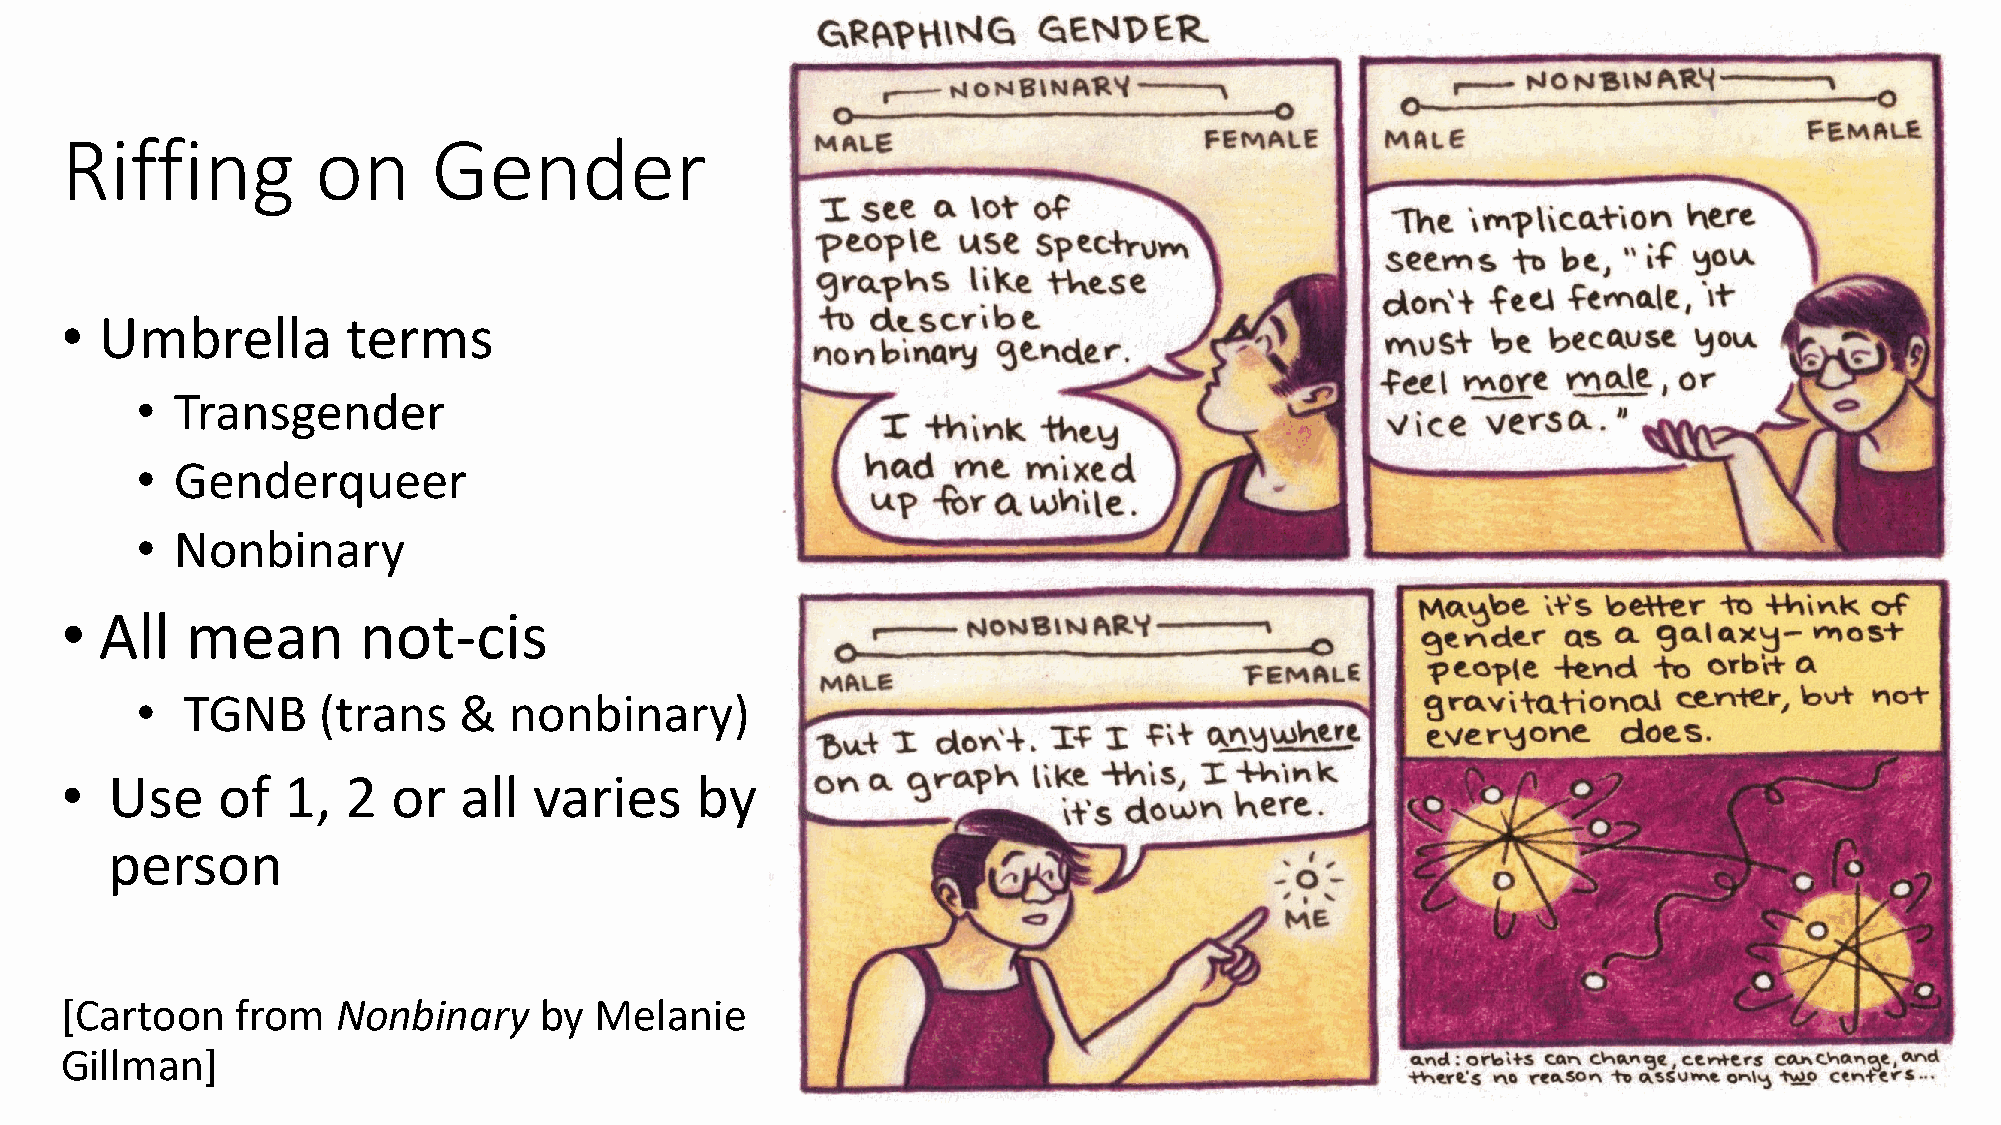
Riffing          on      Gender
 •  Umbrella        terms
 •  Transgender
 •  Genderqueer
 •  Nonbinary
 •  All  mean        not-cis
 •  TGNB     (trans   &   nonbinary)
 •  Use    of   1,  2  or  all  varies     by
 person
 [Cartoon    from  Nonbinary     by Melanie
 Gillman]